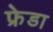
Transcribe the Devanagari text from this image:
फ्रेडा